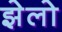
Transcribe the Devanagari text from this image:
झेलो